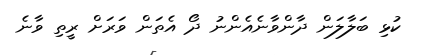
ކުޅި ބަލާލަން ދާންވާނެއެންނު ދޯ އެތަން ވަރަށް ރީތި ވާނެ